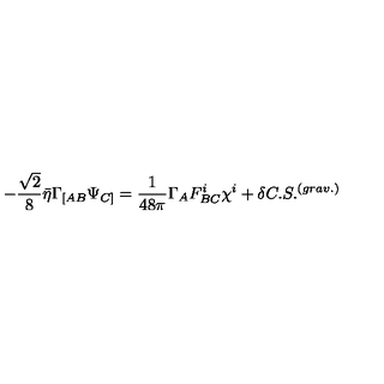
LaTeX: - { \frac { \sqrt 2 } { 8 } } \bar { \eta } \Gamma _ { [ A B } \Psi _ { C ] } = \frac { 1 } { 4 8 \pi } \Gamma _ { A } F _ { B C } ^ { i } \chi ^ { i } + \delta C . S . ^ { ( g r a v . ) }